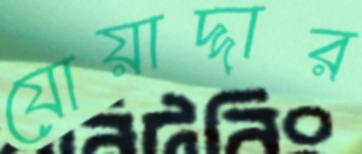
যোয়াদ্দার